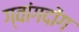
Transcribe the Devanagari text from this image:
ग्वांगदोंग